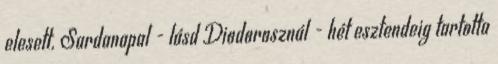
elesett. Sardanapal - lásd Diodorosznál - hét esztendeig tartotta